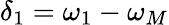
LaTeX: \delta_{1}=\omega_{1}-\omega_{M}